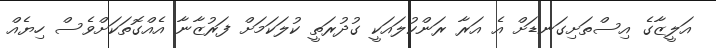
އަލީޒާގެ އިސްތަށިގަނޑަށް އެ އަރާ ރަންކުލައަކީ ގުދުރަތީ ކުލަކަމަށް ފަރުޒާނާ އެއްގޮތަކަށްވެސް ހިޔެއް